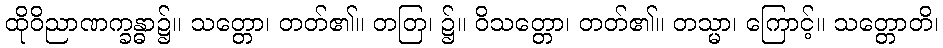
ထိုဝိညာဏက္ခန္ဓာ၌။ သတ္တော၊ တတ်၏။ တတြ၊ ၌။ ဝိသတ္တော၊ တတ်၏။ တသ္မာ၊ ကြောင့်။ သတ္တောတိ၊